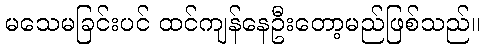
မသေမခြင်းပင် ထင်ကျန်နေဦးတော့မည်ဖြစ်သည်။